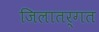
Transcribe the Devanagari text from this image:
जिलातर्गत